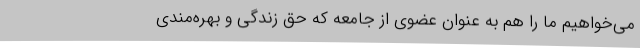
می‌خواهیم ما را هم به عنوان عضوی از جامعه که حق زندگی و بهره‌مندی